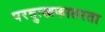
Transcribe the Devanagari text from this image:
परदुःखकातरता